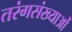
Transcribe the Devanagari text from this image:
तरंगसंख्याओं